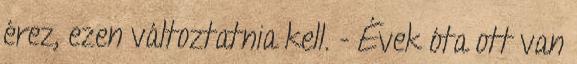
érez, ezen változtatnia kell. - Évek óta ott van